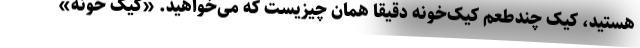
هستید، کیک چندطعم کیک‌خونه دقیقا همان چیزیست که می‌خواهید. «کیک خونه»